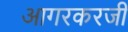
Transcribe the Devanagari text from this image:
आगरकरजी